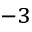
^ { - 3 }